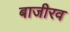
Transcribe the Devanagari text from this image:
बाजीरव